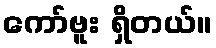
ကော်ဗူး ရှိတယ်။